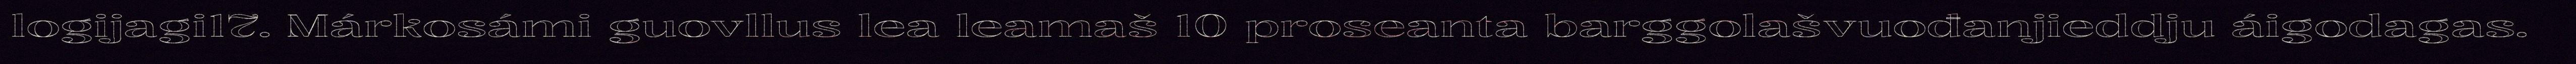
logijagi17. Márkosámi guovllus lea leamaš 10 proseanta barggolašvuođanjieddju áigodagas.